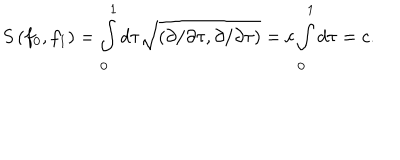
LaTeX: S \left( f _ { 0 } , f _ { 1 } \right) = \int _ { 0 } ^ { 1 } d \tau \sqrt { \left( \partial / \partial \tau , \partial / \partial \tau \right) } = c \int _ { 0 } ^ { 1 } d \tau = c .